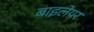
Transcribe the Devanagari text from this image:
बाइलेयर